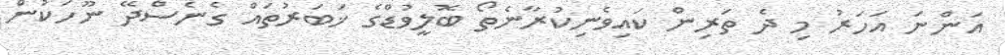
އަންނަ އަހަރު މި ދެ ތަރިން ކައިވެނިކުރާނެތޯ ބޮލީވުޑްގެ ޚަބަރުތައް ގެނެސްދޭ ނޫހަކުން